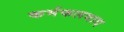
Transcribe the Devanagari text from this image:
कर्मफलवाद